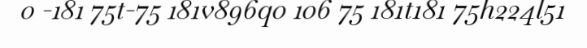
0 -181 75t-75 181v896q0 106 75 181t181 75h224l51